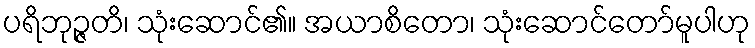
ပရိဘုဉ္ဇတိ၊ သုံးဆောင်၏။ အယာစိတော၊ သုံးဆောင်တော်မူပါဟု